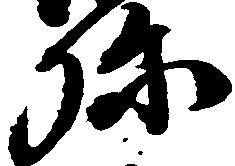
弥